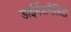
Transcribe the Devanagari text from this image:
डाईमेंशनैलिटी